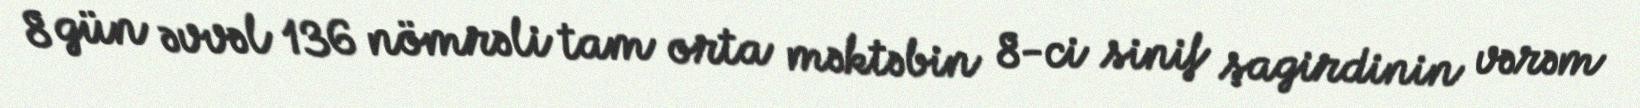
8 gün əvvəl 136 nömrəli tam orta məktəbin 8-ci sinif şagirdinin vərəm